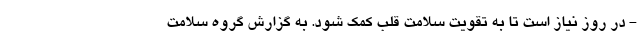
- در روز نیاز است تا به تقویت سلامت قلب کمک شود. به گزارش گروه سلامت